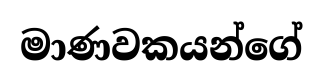
මාණවකයන්ගේ